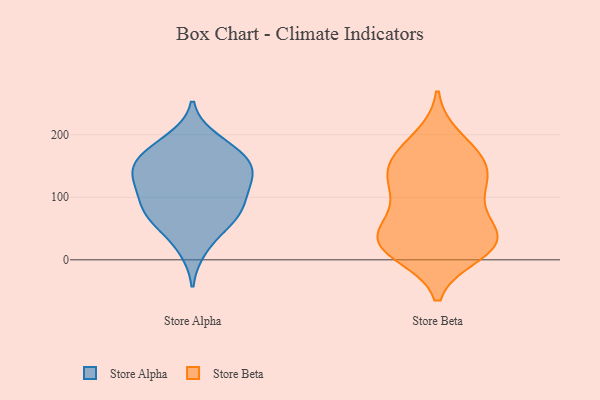
{"axis": {"x": "Conversion Rate (%)", "y": "Value"}, "legend": ["Store Alpha", "Store Beta"], "data": [{"x": "", "y": 151, "type": "Store Alpha"}, {"x": "", "y": 179, "type": "Store Alpha"}, {"x": "", "y": 136, "type": "Store Alpha"}, {"x": "", "y": 76, "type": "Store Alpha"}, {"x": "", "y": 154, "type": "Store Alpha"}, {"x": "", "y": 18, "type": "Store Alpha"}, {"x": "", "y": 65, "type": "Store Alpha"}, {"x": "", "y": 53, "type": "Store Alpha"}, {"x": "", "y": 192, "type": "Store Alpha"}, {"x": "", "y": 81, "type": "Store Alpha"}, {"x": "", "y": 107, "type": "Store Alpha"}, {"x": "", "y": 127, "type": "Store Alpha"}, {"x": "", "y": 120, "type": "Store Alpha"}, {"x": "", "y": 171, "type": "Store Alpha"}, {"x": "", "y": 84, "type": "Store Alpha"}, {"x": "", "y": 147, "type": "Store Alpha"}, {"x": "", "y": 132, "type": "Store Beta"}, {"x": "", "y": 101, "type": "Store Beta"}, {"x": "", "y": 25, "type": "Store Beta"}, {"x": "", "y": 32, "type": "Store Beta"}, {"x": "", "y": 170, "type": "Store Beta"}, {"x": "", "y": 162, "type": "Store Beta"}, {"x": "", "y": 25, "type": "Store Beta"}, {"x": "", "y": 140, "type": "Store Beta"}, {"x": "", "y": 11, "type": "Store Beta"}, {"x": "", "y": 31, "type": "Store Beta"}, {"x": "", "y": 70, "type": "Store Beta"}, {"x": "", "y": 40, "type": "Store Beta"}, {"x": "", "y": 28, "type": "Store Beta"}, {"x": "", "y": 146, "type": "Store Beta"}, {"x": "", "y": 193, "type": "Store Beta"}, {"x": "", "y": 109, "type": "Store Beta"}]}